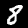
Digit: 8